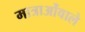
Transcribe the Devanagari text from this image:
मात्राओंवाले